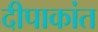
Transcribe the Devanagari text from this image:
दीपाकांत